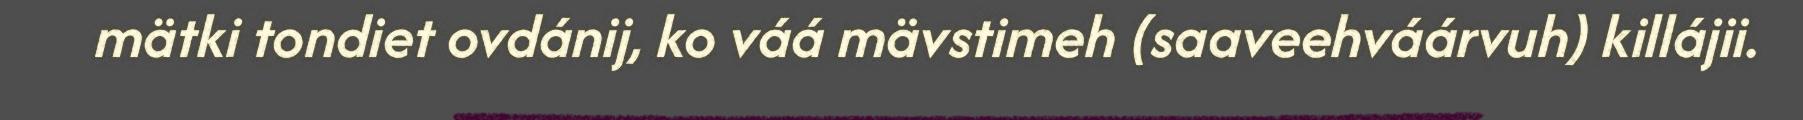
mätki tondiet ovdánij, ko váá mävstimeh (saaveehváárvuh) killájii.